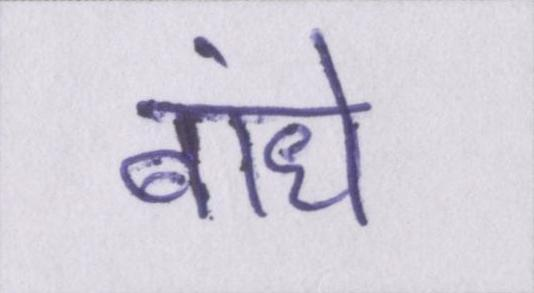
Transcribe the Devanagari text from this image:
बांधे